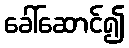
ခေါ်ဆောင်၍